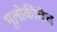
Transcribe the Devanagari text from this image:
भूलोकीचेच